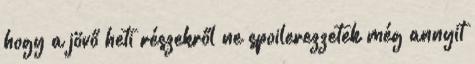
hogy a jövő heti részekről ne spoilerezzetek még annyit